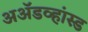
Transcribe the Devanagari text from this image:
अॲडव्हांस्ड